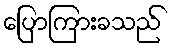
ပြောကြားခသည်